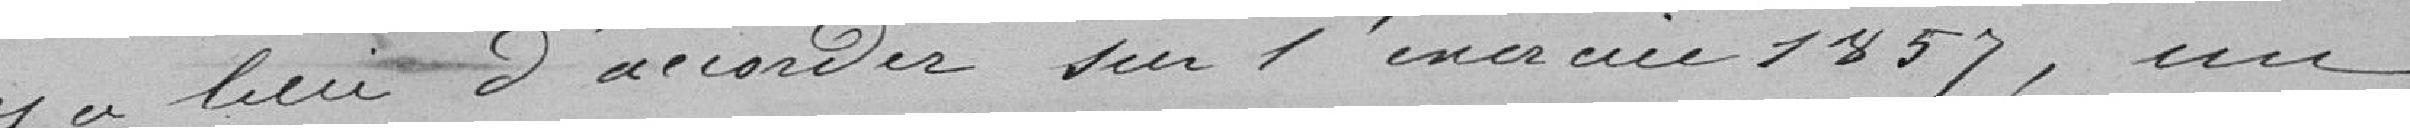
y a lieu d'accorder sur l'exercice 1857, un